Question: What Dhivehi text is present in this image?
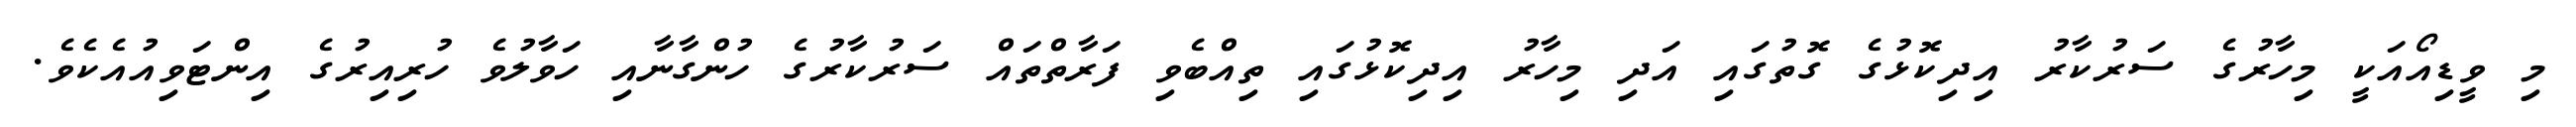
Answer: މި ވީޑިއޯއަކީ މިހާރުގެ ސަރުކާރު އިދިކޮޅުގެ ގޮތުގައި އަދި މިހާރު އިދިކޮޅުގައި ތިއްބެވި ފަރާތްތައް ސަރުކާރުގެ ހުންގާނާއި ހަވާލުވެ ހުރިއިރުގެ އިންޓަވިއުއެކެވެ.